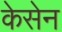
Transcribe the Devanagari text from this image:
केसेन